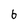
Character: 6